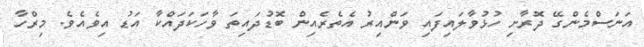
އަނަސްމެންގޭ ދޮރާށި ހުޅުވާލައިފައި ވަންއިރު އެތެރެއިން ބޮޑުދައިތަ ވާހަކަދައްކާ އަޑު އިވެއެވެ. މިރްހާ